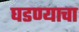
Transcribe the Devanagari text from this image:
घडण्याचा